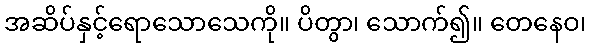
အဆိပ်နှင့်ရောသောသေကို။ ပိတွာ၊ သောက်၍။ တေနေဝ၊